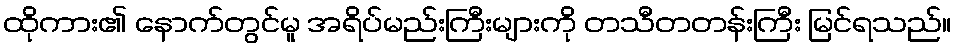
ထိုကား၏ နောက်တွင်မူ အရိပ်မည်းကြီးများကို တသီတတန်းကြီး မြင်ရသည်။